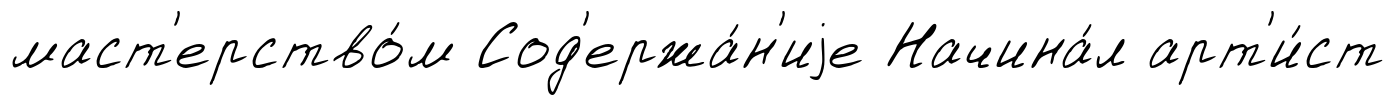
маст'ерство́м Сод'ержа́н'иjе Начина́л арт'и́ст